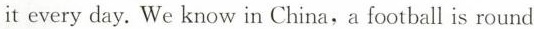
it every day. We know in China,a football is round